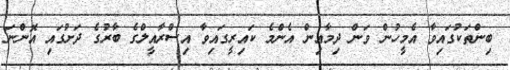
ބިންތަކުގައިވާ އެމީހުން ވަން ދިމާއިން އެންމެ ކައިރީގައިވާ އިސްރާއީލްގެ ބާރުގެ ދަށުގައި އޮންނަ